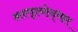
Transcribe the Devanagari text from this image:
अस्पॄश्योद्धार